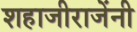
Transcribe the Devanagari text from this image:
शहाजीराजेंनी